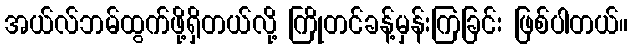
အယ်လ်ဘမ်ထွက်ဖို့ရှိတယ်လို့ ကြိုတင်ခန့်မှန်းကြခြင်း ဖြစ်ပါတယ်။